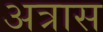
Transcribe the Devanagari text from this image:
अत्रास